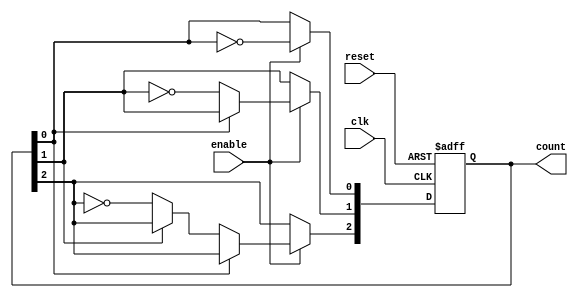
module async_ripple_counter (
    input wire clk,        // Clock signal (for the first flip-flop)
    input wire reset,      // Asynchronous reset signal
    input wire enable,     // Enable signal for counting
    output reg [n-1:0] count // n-bit counter output
);
    parameter n = 3; // Number of bits in the counter (can be changed as needed)

    // Flip-flops for the counter
    always @(posedge clk or posedge reset) begin
        if (reset) begin
            count <= 0; // Reset the counter to 0
        end else if (enable) begin
            count[0] <= ~count[0]; // Toggle the least significant bit
            if (count[0] == 1'b0) begin // If FF0 transitions from 1 to 0
                count[1] <= ~count[1]; // Toggle the next flip-flop
                if (count[1] == 1'b0) begin // If FF1 transitions from 1 to 0
                    count[2] <= ~count[2]; // Toggle the next flip-flop (and so on for higher bits)
                end
            end
        end
    end
endmodule